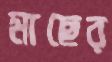
মাছের